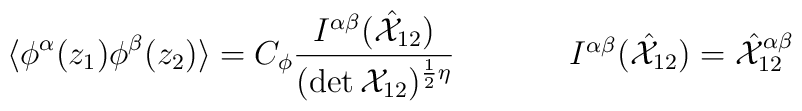
\begin{array}{cc}\displaystyle{\langle \phi^{\alpha}(z_{1})\phi^{\beta}(z_{2})\rangle =C_{\phi}\frac{I^{\alpha\beta}(\hat{{\cal X}}_{12})}{(\det {\cal X}_{12})^{\frac{1}{2}\eta}}}~~~~&~~~~I^{\alpha\beta}(\hat{{\cal X}}_{12})=\hat{{\cal X}}_{12}^{\alpha\beta}\end{array}